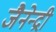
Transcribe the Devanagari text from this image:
जैनेन्द्री